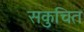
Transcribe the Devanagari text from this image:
सकुचित